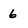
Character: 6